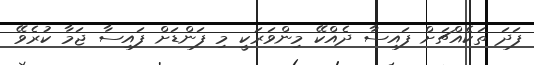
ފަދަ ތަކެއްޗަށް ފައިސާ ދެއްކޭ މިންވަރަކީ މި ފަންޑަށް ފައިސާ ޖަމާ ކުރެވޭ